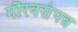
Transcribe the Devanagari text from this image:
गौरवसंपन्न